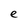
Character: e